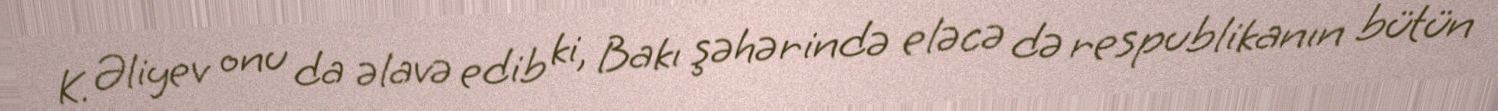
K. Əliyev onu da əlavə edib ki, Bakı şəhərində eləcə də respublikanın bütün